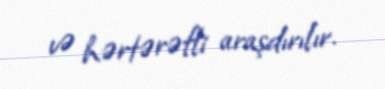
və hərtərəfli araşdırılır.